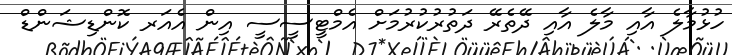
ހުޅުމާލެ އާއި މާލެ އާއި ދޭތެރޭ ދަތުރުކުރުމަށް އެމްޓީސީސީ އިން އެއަރ ކޮންޑިޝަންޑް